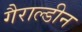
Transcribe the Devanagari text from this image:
गैराल्डीन